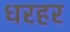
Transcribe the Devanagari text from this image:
धरहर